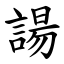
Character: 諹